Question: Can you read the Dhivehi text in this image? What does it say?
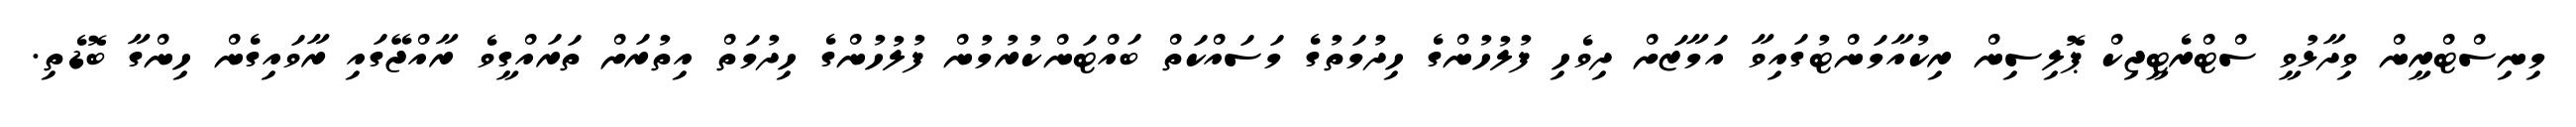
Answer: މިނިސްޓްރީން ވިދާޅުވީ ސްޓްރެޓީޖިކް ޕޮލިސިން ރިކުއާމަންޓުގައިވާ އަމާޒަށް ދިވެހި ފުލުހުންގެ ހިދުމަތުގެ މަސައްކަތް ބައްޓަންކުރުމުން ފުލުހުންގެ ހިދުމަތް އިތުރަށް ތަރައްގީވެ ރާއްޖޭގައި ރާވައިގެން ހިންގާ ބޮޑެތި.